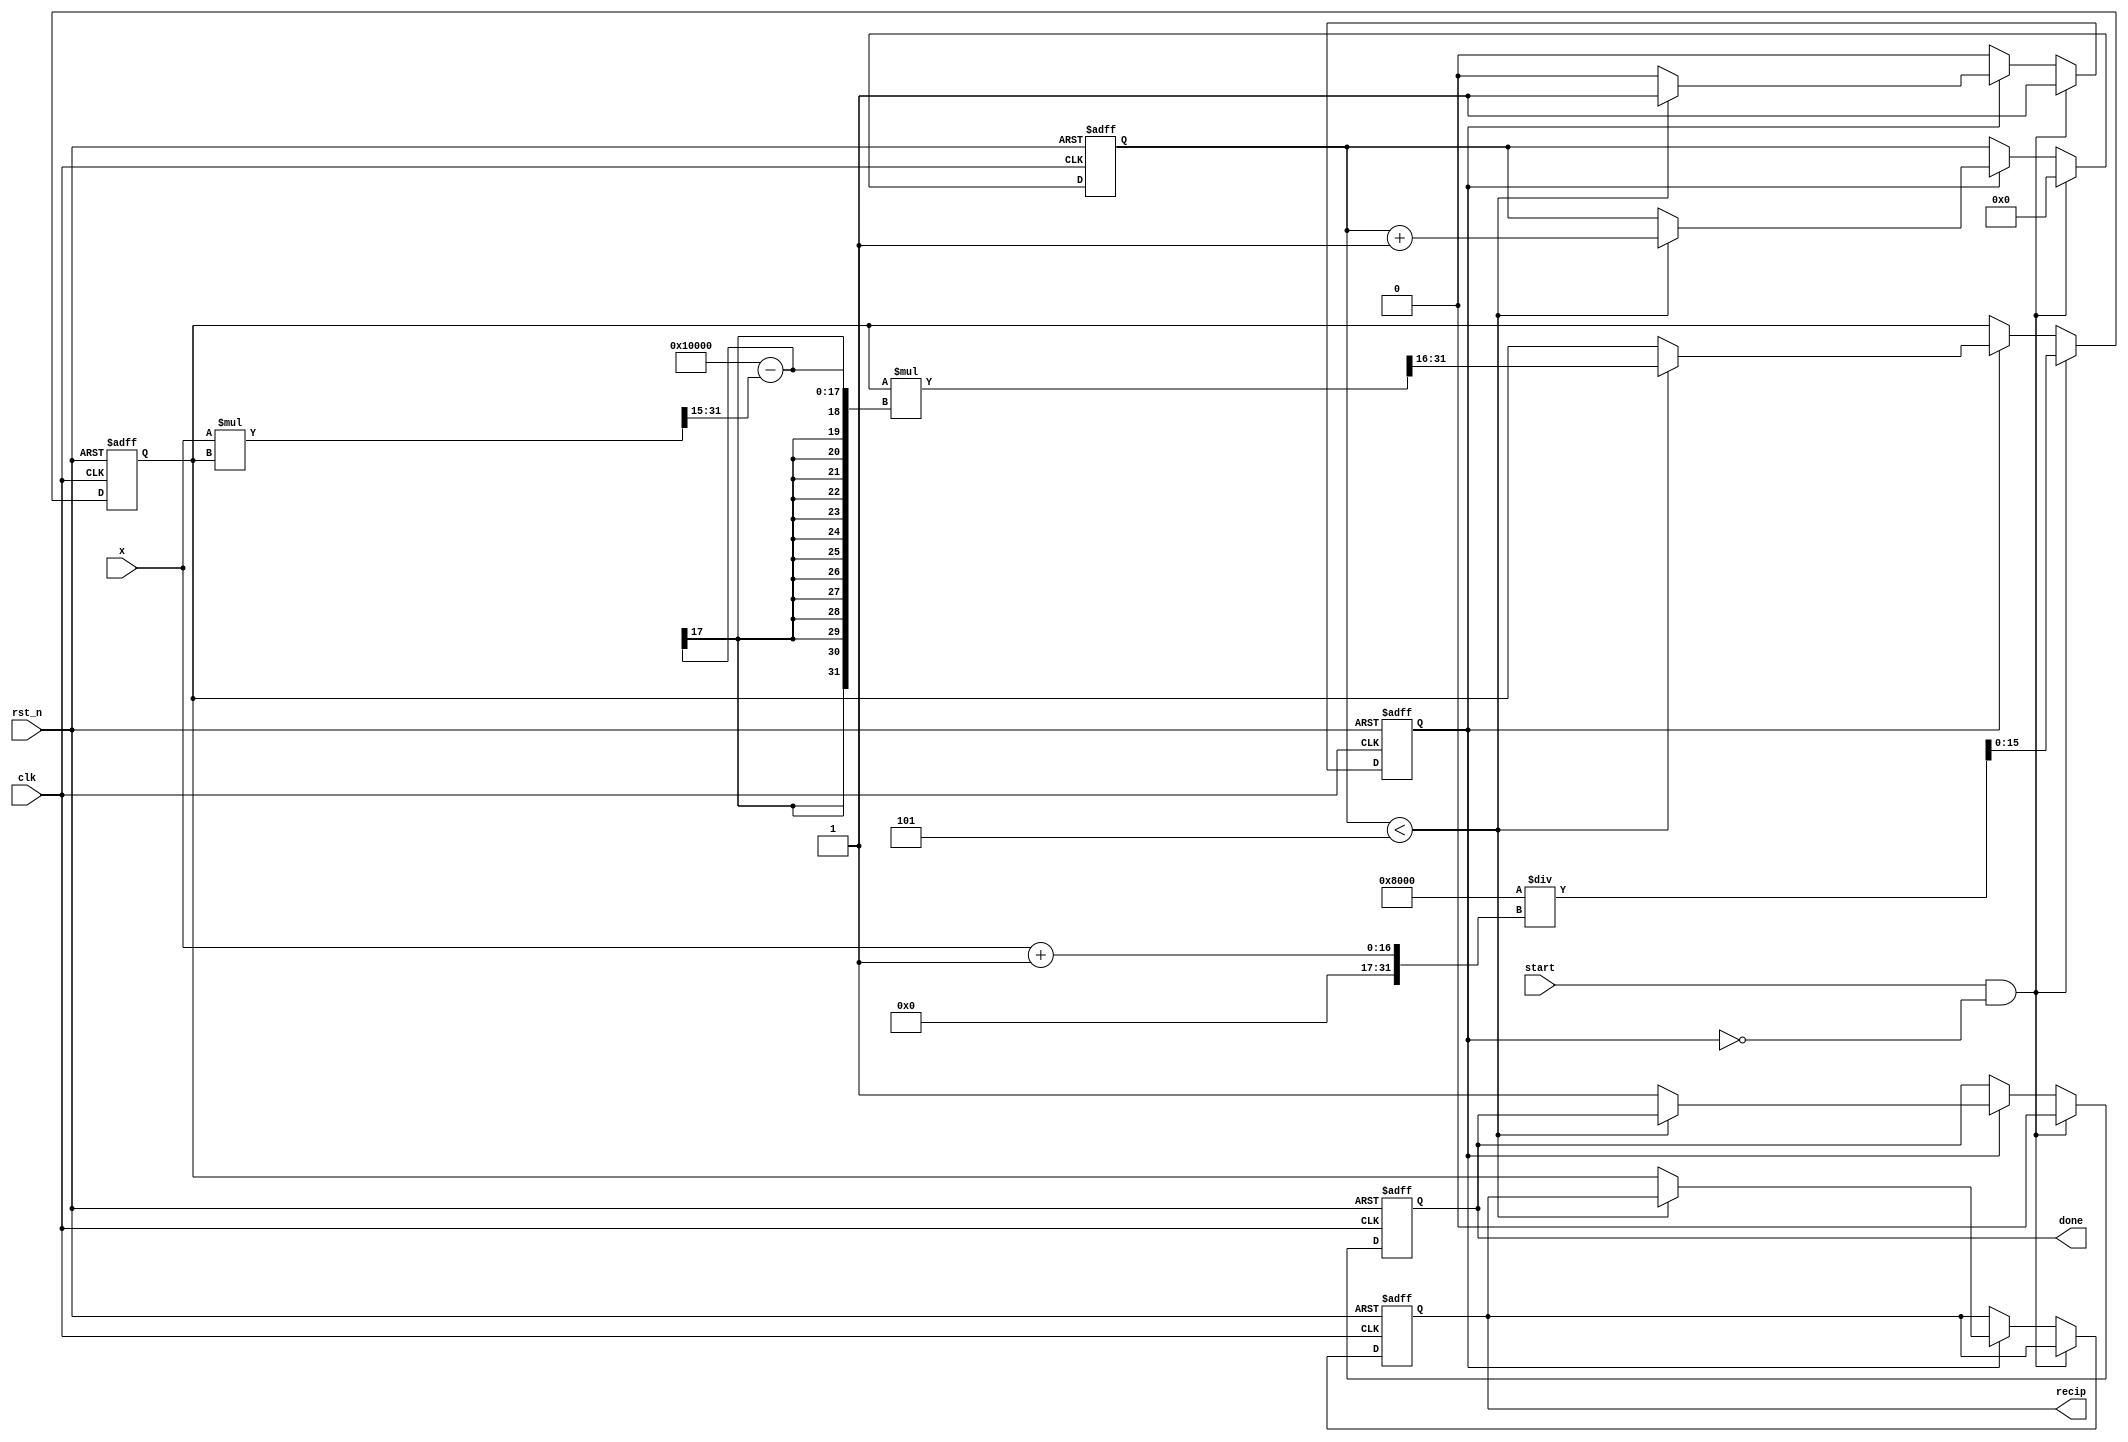
module iterative_reciprocal #(
    parameter N = 16, // Bit-width of input and output
    parameter MAX_ITER = 5 // Maximum number of iterations
)(
    input wire clk,
    input wire rst_n,
    input wire [N-1:0] x, // Input value (must be > 0)
    input wire start, // Signal to start the computation
    output reg [N-1:0] recip, // Output reciprocal (1/x)
    output reg done // Signal indicating completion
);

    reg [N-1:0] current_guess;
    reg [N-1:0] error;
    reg [3:0] iteration_count; // Counter for iterations
    reg computing; // State to indicate if computation is ongoing

    // Initial guess calculation (using a simple approximation)
    function [N-1:0] initial_guess;
        input [N-1:0] x;
        begin
            // A simple initial guess can be 2^(N-1) / x for x > 0
            initial_guess = (1 << (N-1)) / (x + 1); // Avoid division by zero
        end
    endfunction

    always @(posedge clk or negedge rst_n) begin
        if (!rst_n) begin
            recip <= 0;
            current_guess <= 0;
            error <= 0;
            iteration_count <= 0;
            done <= 0;
            computing <= 0;
        end else if (start && !computing) begin
            // Start computation
            current_guess <= initial_guess(x);
            iteration_count <= 0;
            done <= 0;
            computing <= 1;
        end else if (computing) begin
            // Iterative computation
            if (iteration_count < MAX_ITER) begin
                // Calculate error: error = current_guess * x - 1
                error <= (current_guess * x) >> (N-1); // Shift right to adjust for fixed-point
                // Update guess: new_guess = current_guess * (2 - x * current_guess)
                current_guess <= current_guess * ((1 << N) - (x * current_guess >> (N-1))) >> N; // Fixed-point adjustment
                iteration_count <= iteration_count + 1;
            end else begin
                // Finished iterations
                recip <= current_guess;
                done <= 1;
                computing <= 0;
            end
        end
    end
endmodule